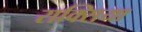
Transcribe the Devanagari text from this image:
राक्सिया